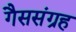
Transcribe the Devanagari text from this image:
गैससंग्रह